Document type: Inventory
Year: 1295
Scribe: Pere Marc
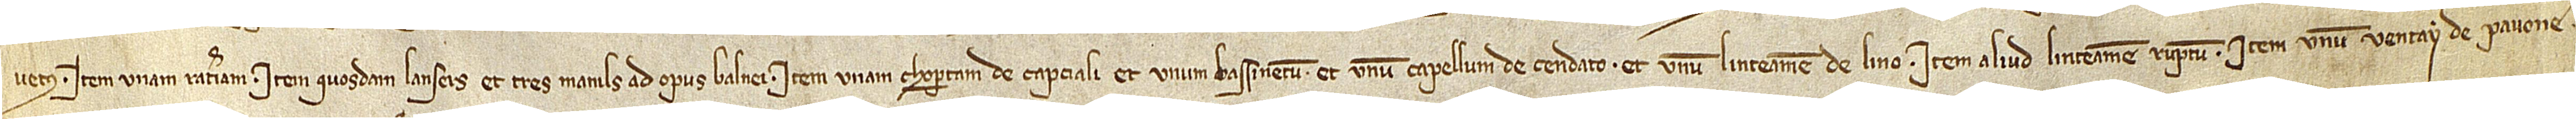
vetus; item, unam rateriam; item, quosdam lansers et tres manils ad opus balnei; item, una chopertam de capciali, et unum bassinetum, et unum capellum de cendato, et unum linteamen de lino; item, aliud linteamen ruptum; item, unum ventay de pavone;